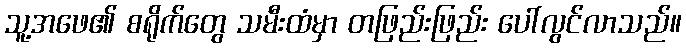
သူ့အဖေ၏ စရိုက်တွေ သမီးထံမှာ တဖြည်းဖြည်း ပေါ်လွင်လာသည်။